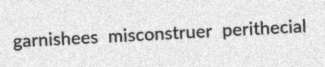
garnishees misconstruer perithecial